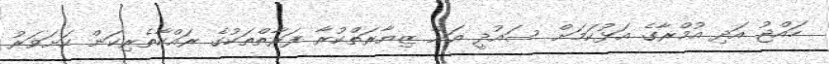
ހައްޖު އަދި އުމްރާގެ އަޅުކަމަށް ސައުދީ އަށް ޒިޔާރަތްކުރާ ފަރާތްތަކުގެ ރައްކާތެރިކަން ކަށަވަރު